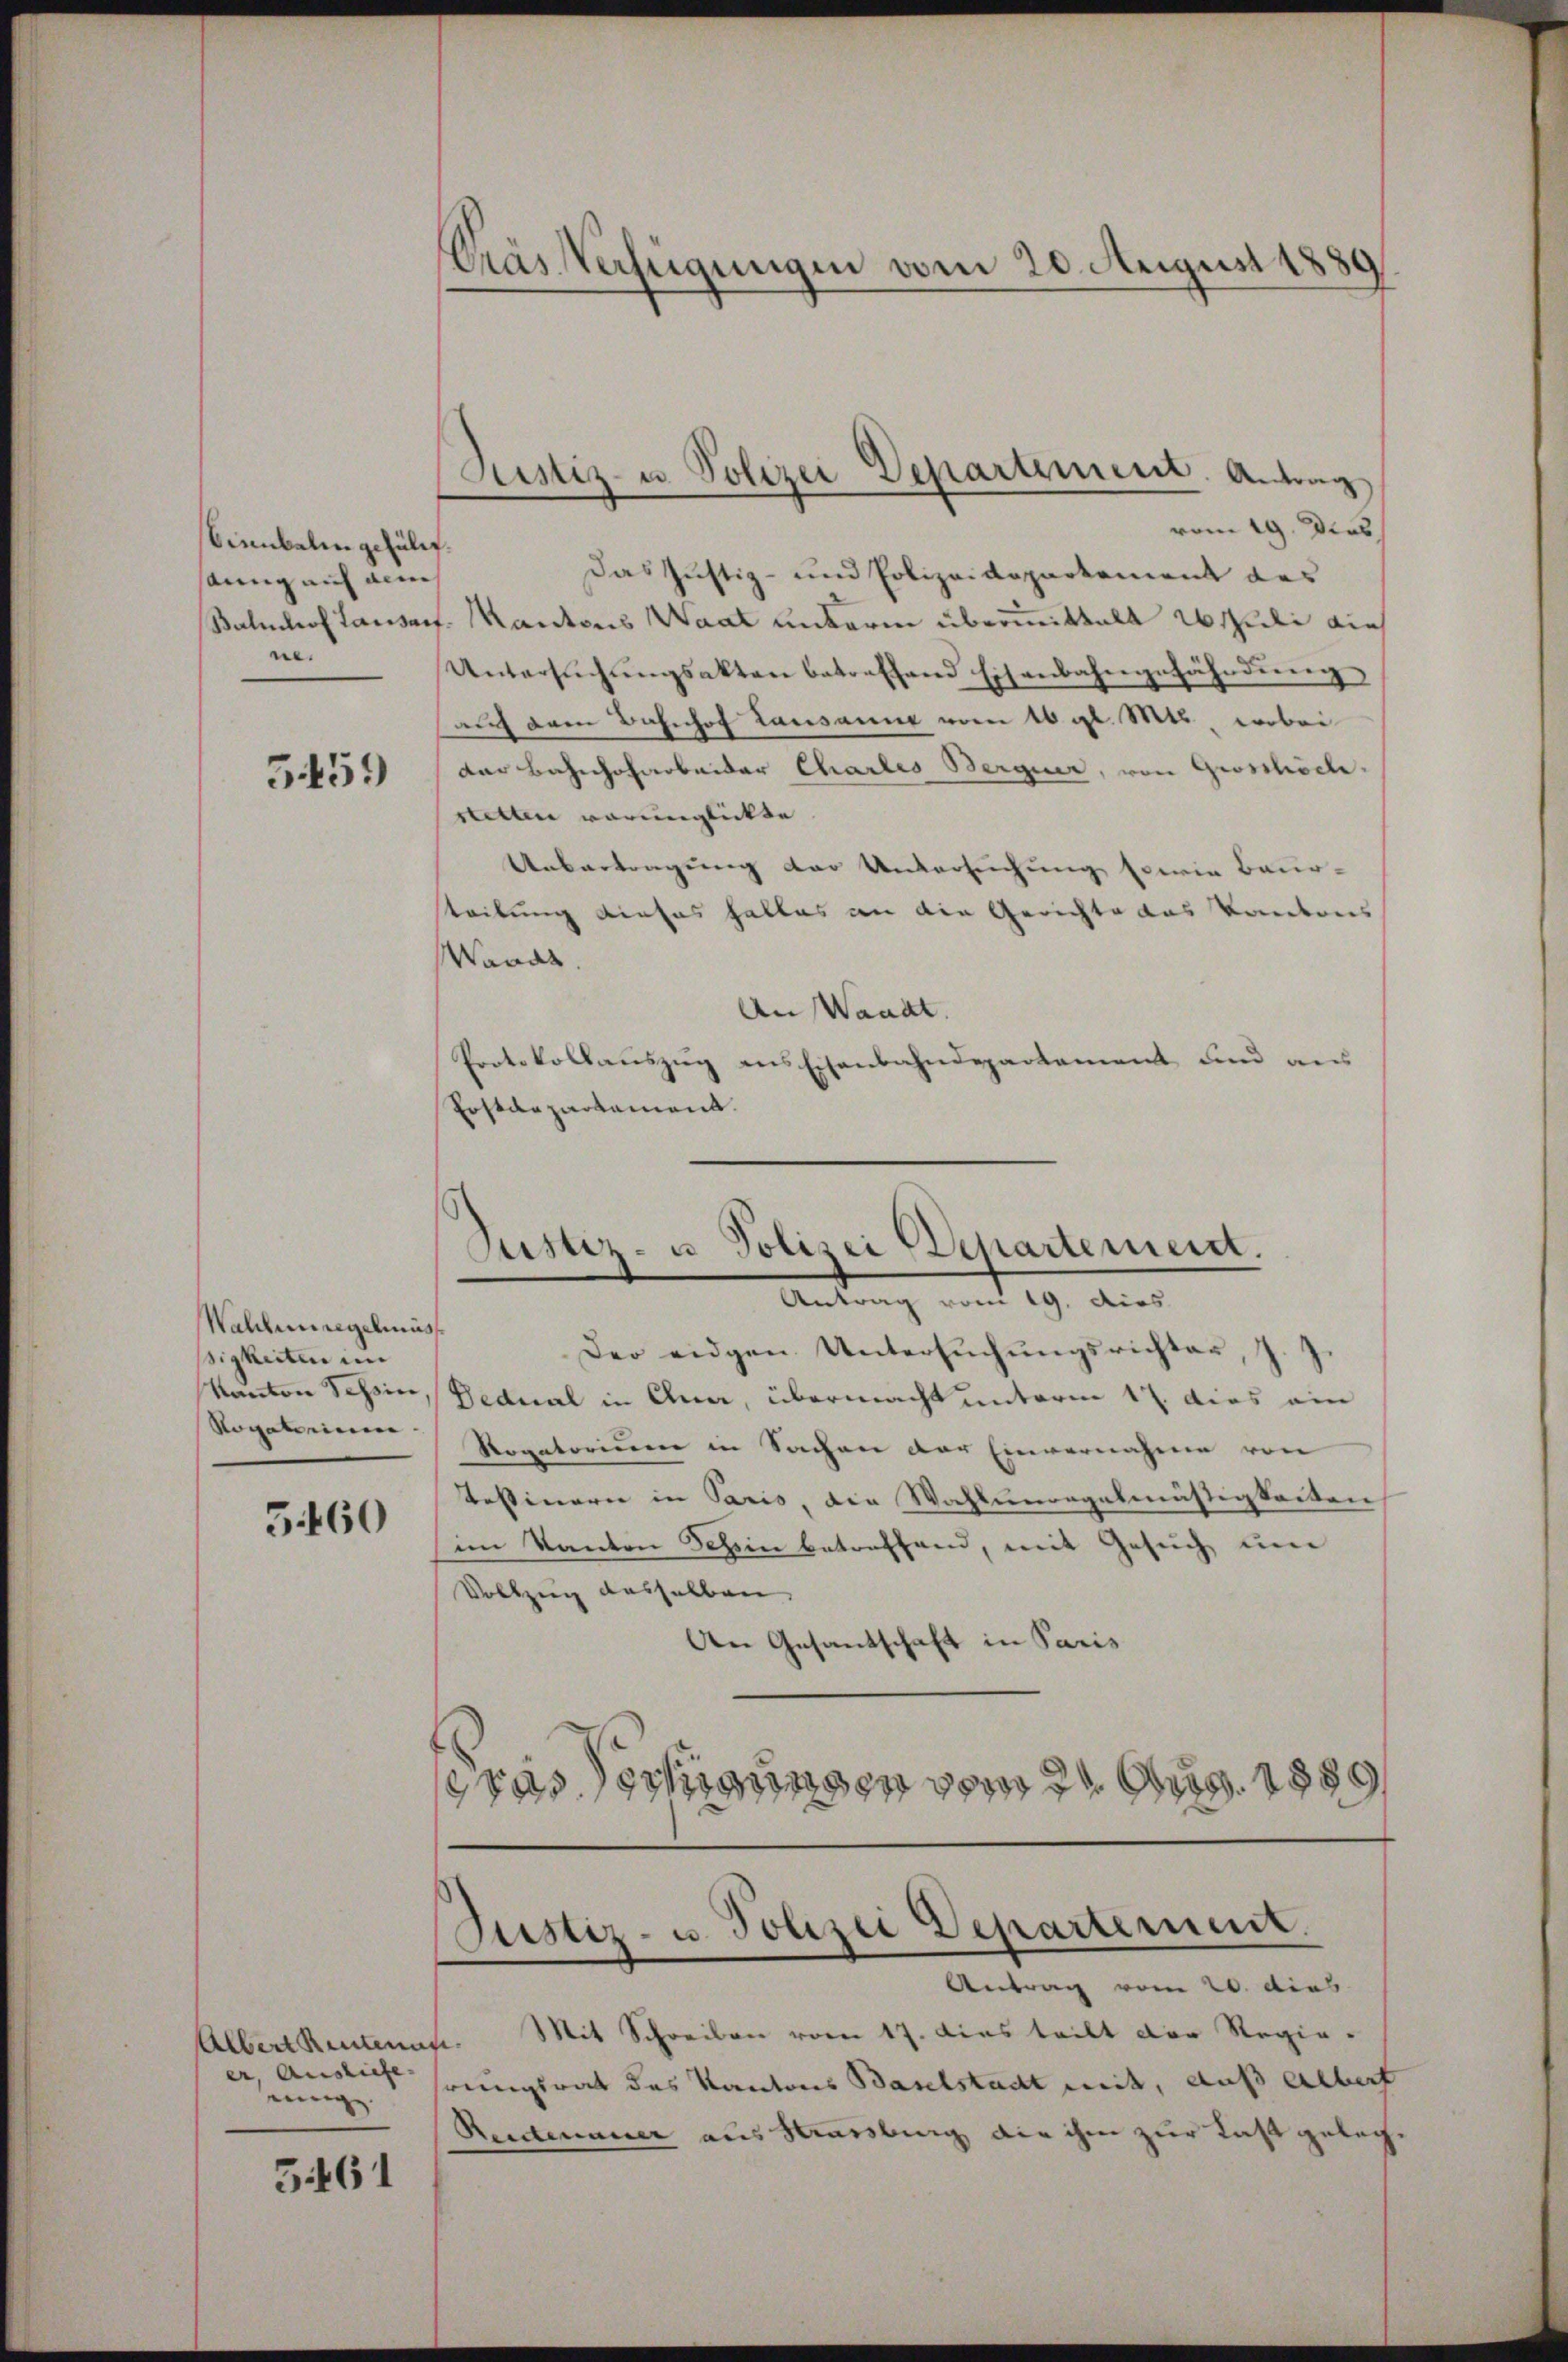
Sienbalm gefällt.
snng auf dem
ne.

5459

Wahlenregelmäss
sigkeiten im

3460

Albert Rentenan
er, Ausliefe. |
einige

5461

Pras Verfügungen vom 20. August 1889

vom 19. Dies
Das Justiz- und Polizeidepartement des
Baluchof Lausarf. Mantons Waat unterm übermittalt 20 Juli die
Untersŭchŭngsakten betreffend Eisenbahngefährdung
auch dem Bahnhof Lausanne vom 16 gl. Mts., wobei
der Bahnhofarbeiter Charles Bergier, von Grosshöch-
stetten verunglickte
Uebertragung der Untersuchung sowie Beur-
steilung dieses haltes an die Gerichte das Kantons
Wanas.
An Waadt.
Protokollauszug aus Eisenbahndepartement und aus
Postdepartement.

Justiz- u. Polizei Departement. Antrag

Justiz- u. Polizei Departement.
Antrag vom 19. dies

Der eidgen Untersŭchŭngsrichter, J.
Kanton Tessin, Dednal in Quar, übermacht unterm 17. dies ein
Ropateriner Rogatorium in Sachen der Einvernahme von
Testinern in Paris, die Wahlunregelmäßigkeiten
im Kanton Schön betreffend, mit Gesuch um
Vollzug dasselben
An Gesantschaft in Paris
se pas dortigungen vom 21. Aug. 1889

Justiz- u. Polizei Departement.

Antrag vom 20. dies
Mit Schreiben vom 17. Dies teilt der Regierungsrat des Kantons Baselstadt mit, auß albert
Reitenauer aus Marsburg die ihm zur Last geleg¬